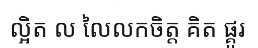
ល្អិត ល លៃលកចិត្ត គិត ផ្គូរ